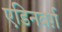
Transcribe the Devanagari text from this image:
एडिनबर्ग़